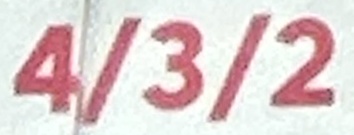
4/3/2